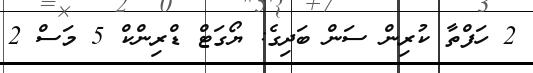
2 ހަފްތާ ކުރިން ސަން ބަދިގެ: ޔޯގަޓް ޑްރިންކް 5 މަސް 2